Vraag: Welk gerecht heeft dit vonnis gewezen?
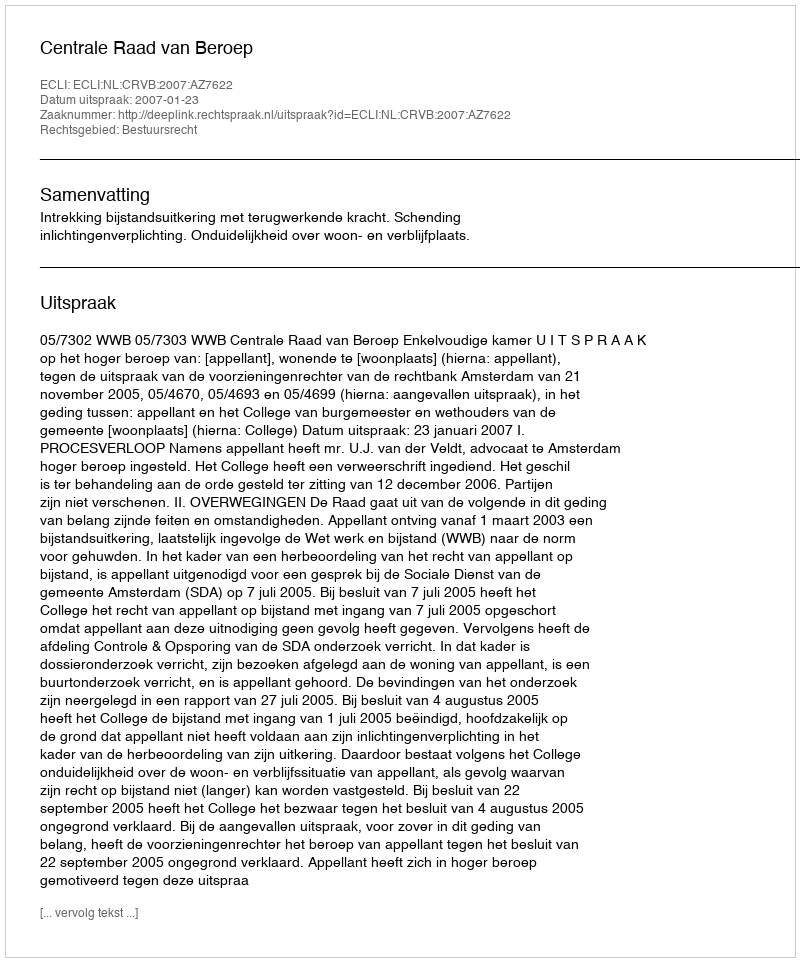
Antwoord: Centrale Raad van Beroep